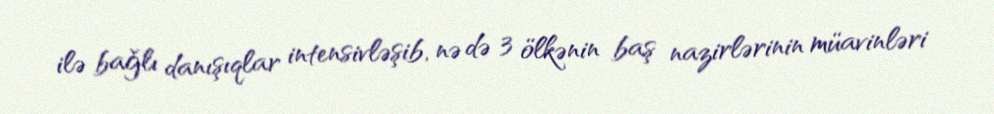
ilə bağlı danışıqlar intensivləşib, nə də 3 ölkənin baş nazirlərinin müavinləri